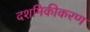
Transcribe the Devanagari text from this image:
दशमिकीकरण